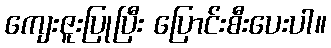
ကျေးဇူးပြုပြီး ပြောင်းစီးပေးပါ။